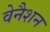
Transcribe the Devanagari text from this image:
वेनैशन